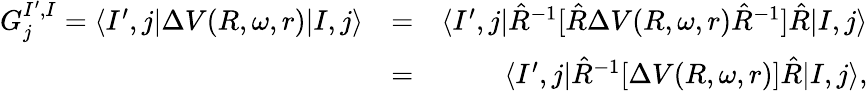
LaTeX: \begin{array}{rlr}{G_{j}^{I^{\prime},I}=\langle I^{\prime},j|\Delta V(R,\omega,r)|I,j\rangle}&{=}&{\langle I^{\prime},j|\hat{R}^{-1}[\hat{R}\Delta V(R,\omega,r)\hat{R}^{-1}]\hat{R}|I,j\rangle}\\ &{=}&{\langle I^{\prime},j|\hat{R}^{-1}[\Delta V(R,\omega,r)]\hat{R}|I,j\rangle,}\end{array}